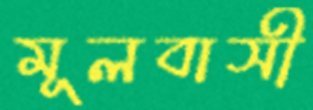
মূলবাসী